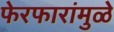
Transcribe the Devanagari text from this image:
फेरफारांमुळे